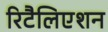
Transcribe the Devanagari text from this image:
रिटैलिएशन